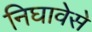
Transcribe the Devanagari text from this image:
निघावेसे